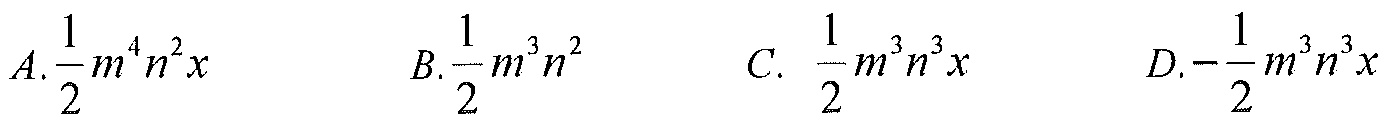
$A.\frac{1}{2}m^{4}n^{2}x\quad B.\frac{1}{2}m^{3}n^{2}\quad C.\ \frac{1}{2}m^{3}n^{3}x\quad D.-\frac{1}{2}m^{3}n^{3}x$